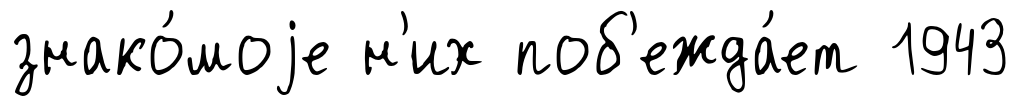
знако́моjе н'их поб'ежда́ет 1943